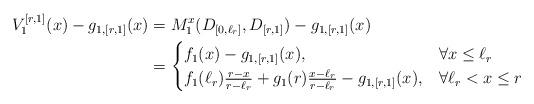
LaTeX: \begin{align*} V_{1}^{[r,1]}(x) - g_{1,[r,1]}(x) & = M^{x}_{1}(D_{[0,\ell_{r}]},D_{[r,1]}) - g_{1,[r,1]}(x) \\& = \begin{cases}f_{1}(x) - g_{1,[r,1]}(x),& \forall x \le \ell_{r} \\f_{1}(\ell_{r})\frac{r-x}{r-\ell_{r}} + g_{1}(r)\frac{x-\ell_{r}}{r-\ell_{r}} - g_{1,[r,1]}(x),&\forall \ell_{r} < x \le r\end{cases}\end{align*}